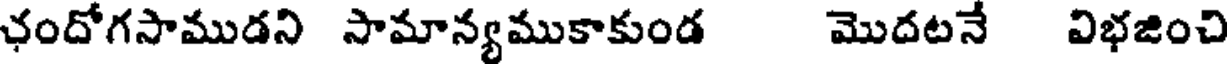
ఛందోగసాముడని సామాన్యముకాకుండ మొదటనే విభజించి